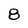
Character: 8